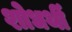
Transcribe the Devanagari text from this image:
शोधर्थी